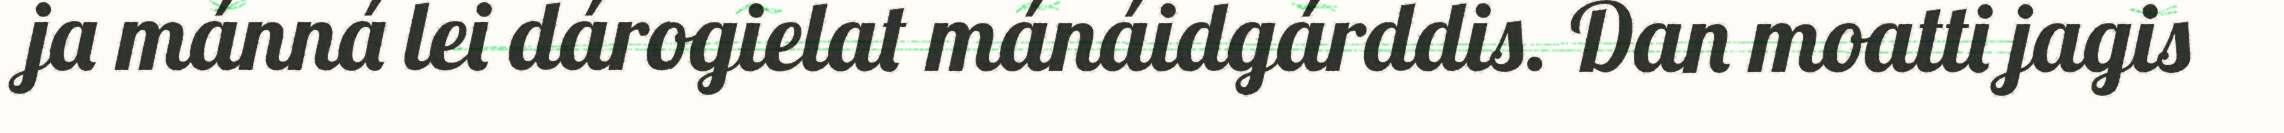
ja mánná lei dárogielat mánáidgárddis. Dan moatti jagis